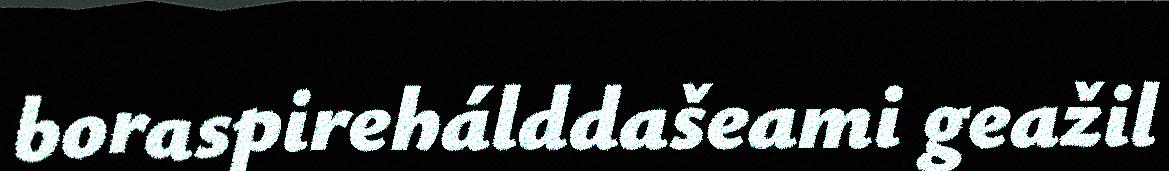
boraspirehálddašeami geažil